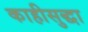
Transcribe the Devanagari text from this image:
काहीसुद्धा